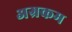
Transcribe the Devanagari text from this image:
अग्रकम